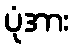
ပုံအား